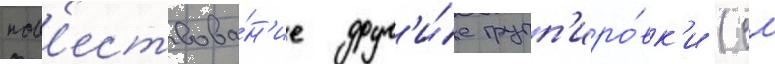
пов'ествова́н'ие друг'и́е групп'иро́вк'и (см